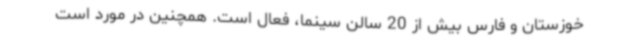
خوزستان و فارس بیش از 20 سالن سینما، فعال است. همچنین در مورد است